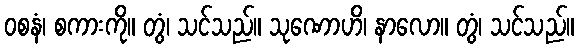
ဝစနံ၊ စကားကို။ တွံ၊ သင်သည်။ သုဏောဟိ၊ နာလော။ တွံ၊ သင်သည်။